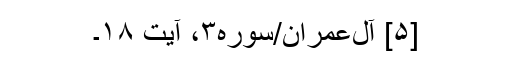
[۵] آل‌عمران/سوره۳، آیت ۱۸۔